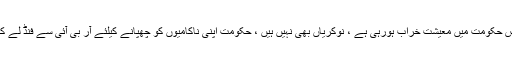
انہوں نے کہا کہ اس حکومت میں معیشت خراب ہورہی ہے ، نوکریاں بھی نہیں ہیں ، حکومت اپنی ناکامیوں کو چھپانے کیلئے آر بی آئی سے فنڈ لے کر کام کررہی ہے ۔